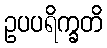
ဥပပရိက္ခတိ